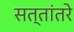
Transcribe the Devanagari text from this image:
सत्तांतरे